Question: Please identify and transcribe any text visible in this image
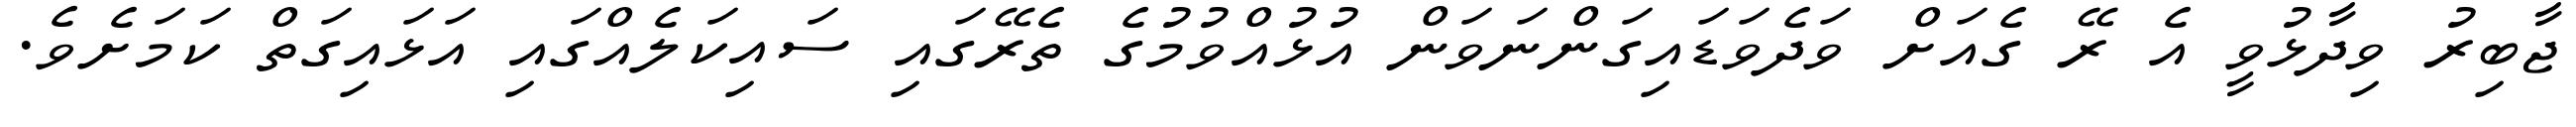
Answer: ޖާބިރު ވިދާޅުވީ އެ ރޭ ގެއަށް ވަދެވަޑައިގަންނަވަން އުޅުއްވުމުގެ ތެރޭގައި ސައިކަލެއްގައި އަޅައިގަތް ކަމަށެވެ.